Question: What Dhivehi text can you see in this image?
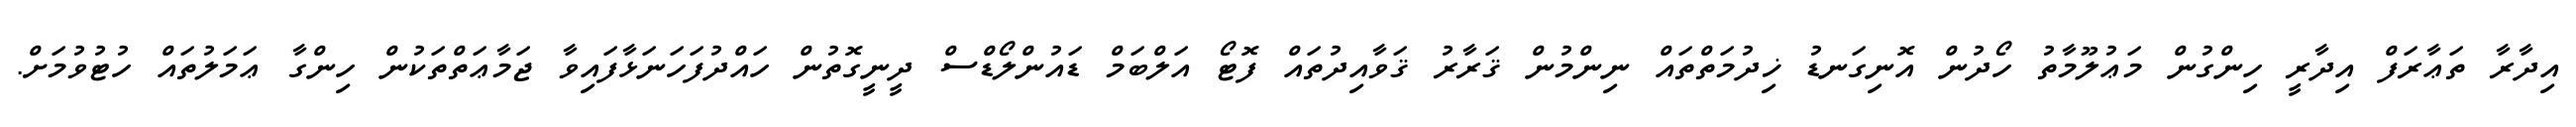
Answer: އިދާރާ ތަޢާރަފް އިދާރީ ހިންގުން މަޢުލޫމާތު ހޯދުން އޮނިގަނޑު ޚިދުމަތްތައް ނިންމުން ޤަރާރު ޤަވާއިދުތައް ފޮޓޯ އަލްބަމް ޑައުންލޯޑްސް ދީނީގޮތުން ހައްދުފަހަނަޅާފައިވާ ޖަމާޢަތްތަކުން ހިންގާ ޢަމަލުތައް ހުޓުވުމަށް.